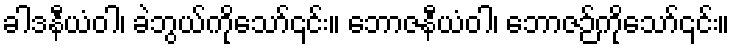
ခါဒနီယံဝါ၊ ခဲဘွယ်ကိုသော်၎င်း။ ဘောဇနီယံဝါ၊ ဘောဇဉ်ကိုသော်၎င်း။